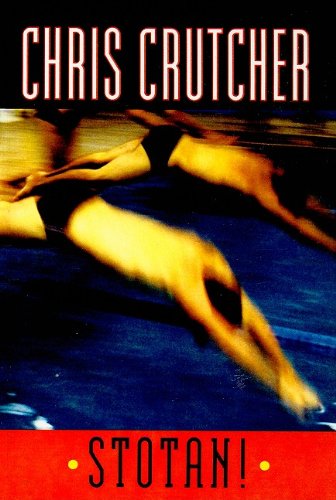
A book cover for Stotan!; Chris Crutcher; Teen & Young Adult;